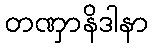
တဏှာနိဒါနာ